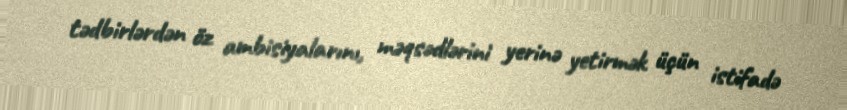
tədbirlərdən öz ambisiyalarını, məqsədlərini yerinə yetirmək üçün istifadə